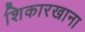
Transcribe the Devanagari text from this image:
शिकारखाना